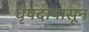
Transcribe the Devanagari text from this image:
धृपदापासून